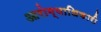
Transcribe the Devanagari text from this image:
आरोग्याधिकारी